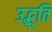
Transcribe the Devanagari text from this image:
उद्भूति